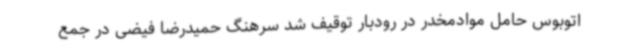
اتوبوس حامل موادمخدر در رودبار توقیف شد سرهنگ حمیدرضا فیضی در جمع